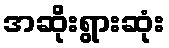
အဆိုးရွားဆုံး